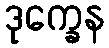
ဒုက္ခေန